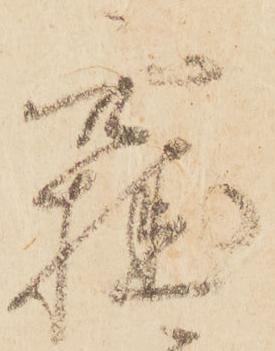
窪